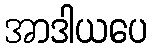
အာဒါယပေ